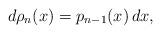
LaTeX: \begin{align*}d\rho_n(x)=p_{n-1}(x)\,dx,\end{align*}